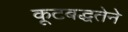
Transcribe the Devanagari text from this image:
कूटबद्धतेने